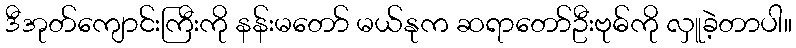
ဒီအုတ်ကျောင်းကြီးကို နန်းမတော် မယ်နုက ဆရာတော်ဦးဗုဓ်ကို လှူခဲ့တာပါ။